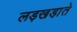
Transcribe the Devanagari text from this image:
लड़खडा़ते